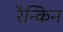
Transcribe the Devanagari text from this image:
रैन्किन